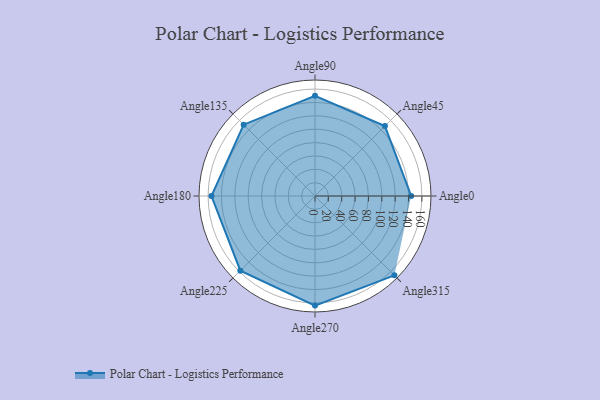
{"axis": {"x": "Angle", "y": "Radius"}, "legend": [""], "data": [{"x": "Angle0", "y": 144.0, "type": ""}, {"x": "Angle45", "y": 148.0, "type": ""}, {"x": "Angle90", "y": 150.0, "type": ""}, {"x": "Angle135", "y": 151.0, "type": ""}, {"x": "Angle180", "y": 155.0, "type": ""}, {"x": "Angle225", "y": 158.0, "type": ""}, {"x": "Angle270", "y": 164.0, "type": ""}, {"x": "Angle315", "y": 168.0, "type": ""}]}